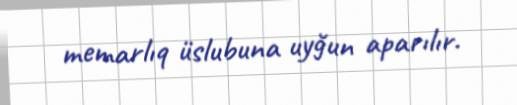
memarlıq üslubuna uyğun aparılır.